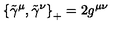
\left\{ { \tilde { \gamma } } ^ { \mu } , \tilde { \gamma } ^ { \nu } \right\} _ { + } = 2 g ^ { \mu \nu }